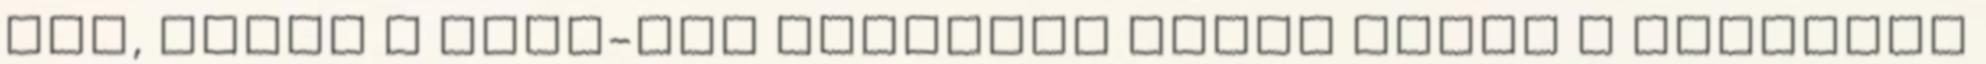
van, akkor a NASA-nál hatalmas pánik lehet a felvétel